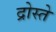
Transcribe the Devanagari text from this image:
द्रोस्ते